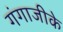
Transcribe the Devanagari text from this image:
गंगाजीके